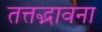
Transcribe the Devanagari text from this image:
तत्तद्भावना